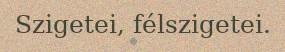
Szigetei, félszigetei.